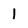
Character: l